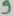
Text: 9